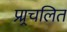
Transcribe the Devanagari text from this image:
प्र्र्रचलित